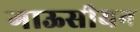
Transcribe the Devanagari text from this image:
गाऊसीयन